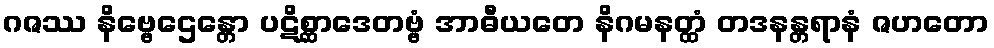
ဂဇဿ နိဗ္ဗေဌေန္တော ပဋိစ္ဆာဒေတဗ္ဗံ အာဓီယတေ နိဂမနတ္ထံ တဒနန္တရာနံ ဇဟတော